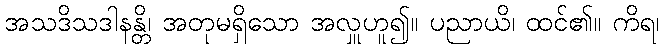
အသဒိသဒါနန္တိ၊ အတုမရှိသော အလှူဟူ၍။ ပညာယိ၊ ထင်၏။ ကိရ၊